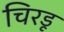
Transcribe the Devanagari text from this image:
चिरडू